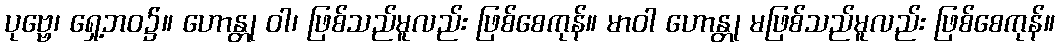
ပုဗ္ဗေ၊ ရှေ့ဘဝ၌။ ဟောန္တု ဝါ၊ ဖြစ်သည်မူလည်း ဖြစ်စေကုန်။ မာဝါ ဟောန္တု မဖြစ်သည်မူလည်း ဖြစ်စေကုန်။